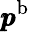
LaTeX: \pmb{p}^{\textup{b}}